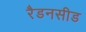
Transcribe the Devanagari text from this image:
रैडनसीड